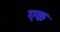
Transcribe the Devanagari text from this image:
एक